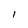
Character: 1